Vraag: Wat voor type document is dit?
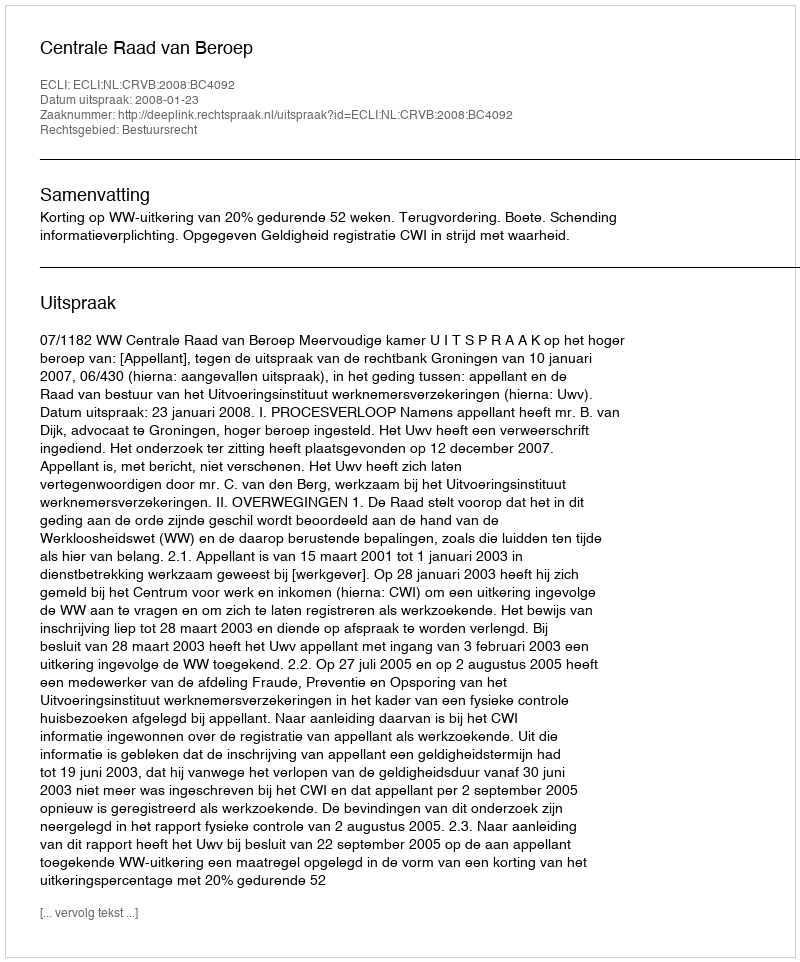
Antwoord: Uitspraak